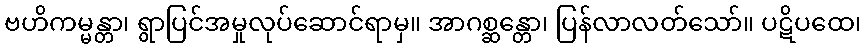
ဗဟိကမ္မန္တာ၊ ရွာပြင်အမှုလုပ်ဆောင်ရာမှ။ အာဂစ္ဆန္တော၊ ပြန်လာလတ်သော်။ ပဋိပထေ၊